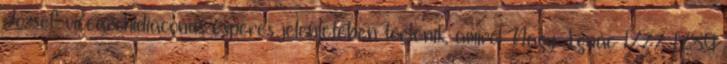
József vicearchidiaconus esperes jelenlétében történik, amiről Nagy Ignác 1777–1789